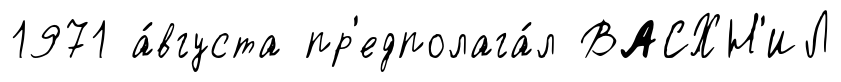
1971 а́вгуста пр'едполага́л ВАСХН'ИЛ